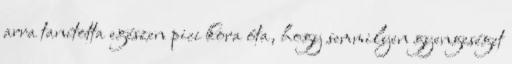
arra tanította egészen pici kora óta, hogy semmilyen gyengeséget